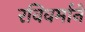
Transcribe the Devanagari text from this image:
रविवर्माने